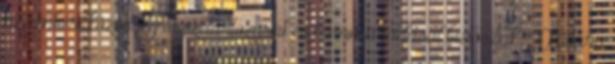
az emberi közösség összetartozását és fennmaradását biztosítják. A kultúra